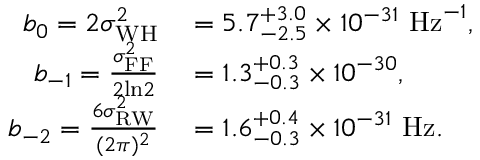
\begin{array} { r l } { b _ { 0 } = 2 \sigma _ { \mathrm { W H } } ^ { 2 } } & { { } = 5 . 7 _ { - 2 . 5 } ^ { + 3 . 0 } \times 1 0 ^ { - 3 1 } ~ \mathrm { H z } ^ { - 1 } , } \\ { b _ { - 1 } = \frac { \sigma _ { \mathrm { F F } } ^ { 2 } } { 2 \mathrm { l n } 2 } } & { { } = 1 . 3 _ { - 0 . 3 } ^ { + 0 . 3 } \times 1 0 ^ { - 3 0 } , } \\ { b _ { - 2 } = \frac { 6 \sigma _ { \mathrm { R W } } ^ { 2 } } { ( 2 \pi ) ^ { 2 } } } & { { } = 1 . 6 _ { - 0 . 3 } ^ { + 0 . 4 } \times 1 0 ^ { - 3 1 } ~ \mathrm { H z } . } \end{array}